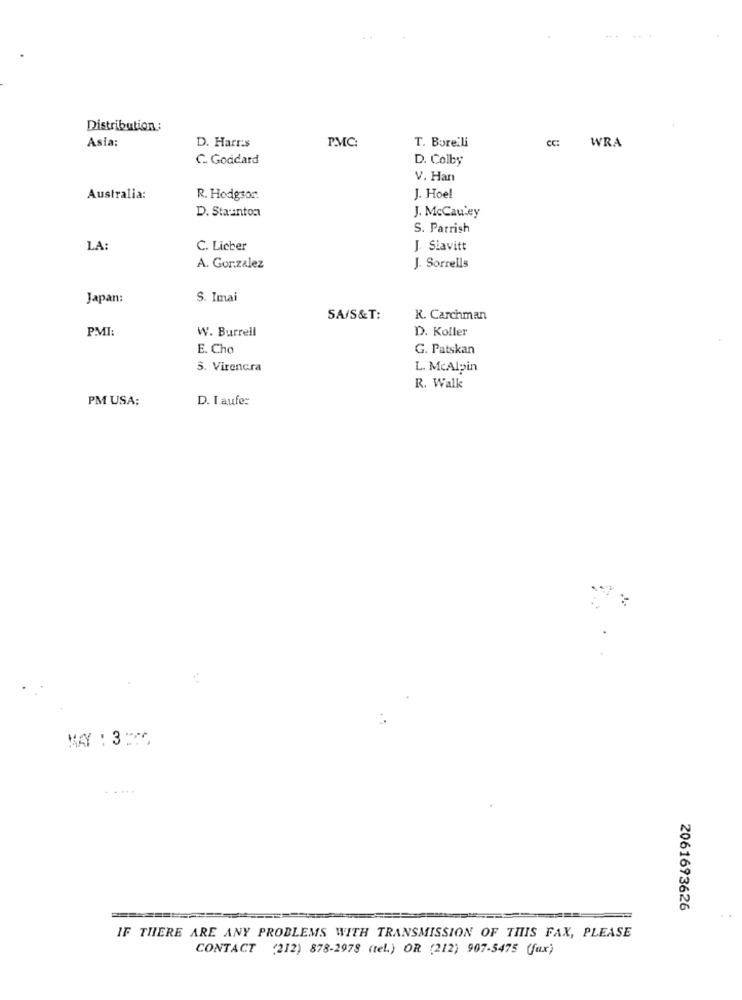
Distribution:
Asia:
P.MC:
T. Borelli
CC:
WRA
D. Harris
C. Goddard
D. Colby
V. Han
Australia:
R. Hodgson:
J. Hoe!
D. Staunton
J. McCawey
S. Parrish
LA:
C. Lieber
J. Slavitt
A. Gor.zalez
J. Sorrells
Japan:
S. Imai
SA/S&T:
K. Carchman
PMI:
W. Burrell
D. Koller
E. Cho
G. Patskan
S. Virencra
L. McAlpin
R. Walk
PM USA;
D. Laufe:
MAY : 3 :15
2061693626
IF THERE ARE ANY PROBLEMS WITH TRANSMISSION OF THIS FAX, PLEASE
CONTACT (212) 878-2978 (tel.) OR (212) 907-5475 (fux)